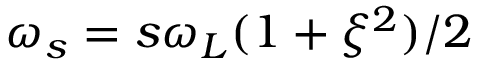
\omega _ { s } = s \omega _ { L } ( 1 + \xi ^ { 2 } ) / 2